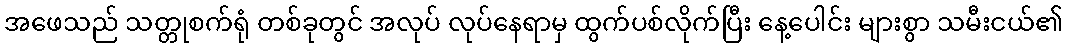
အဖေသည် သတ္တုစက်ရုံ တစ်ခုတွင် အလုပ် လုပ်နေရာမှ ထွက်ပစ်လိုက်ပြီး နေ့ပေါင်း များစွာ သမီးငယ်၏